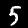
Digit: 5